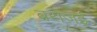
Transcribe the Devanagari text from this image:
बरोज़ई